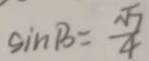
\sin B = \frac { \sqrt { 7 } } { 4 }